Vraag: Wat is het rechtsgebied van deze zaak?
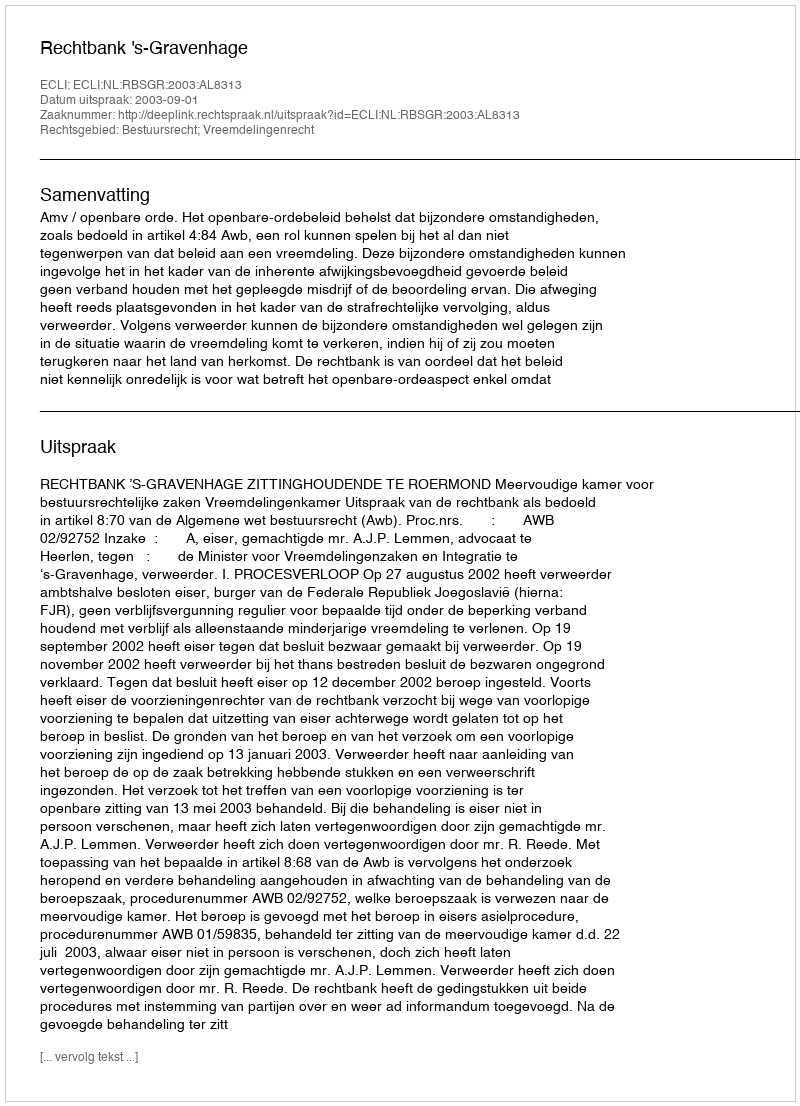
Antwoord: Bestuursrecht; Vreemdelingenrecht